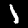
Digit: 1